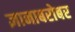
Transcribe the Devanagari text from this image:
ज्ञानाबरोबर